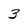
Character: 3